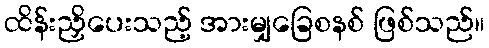
ထိန်းညှိပေးသည့် အားမျှခြေစနစ် ဖြစ်သည်။